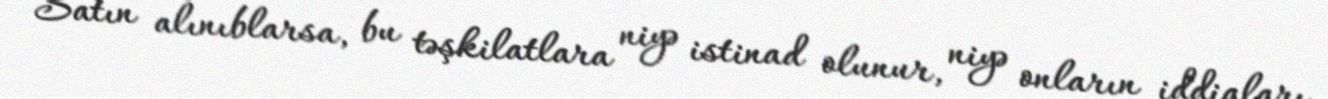
Satın alınıblarsa, bu təşkilatlara niyə istinad olunur, niyə onların iddiaları